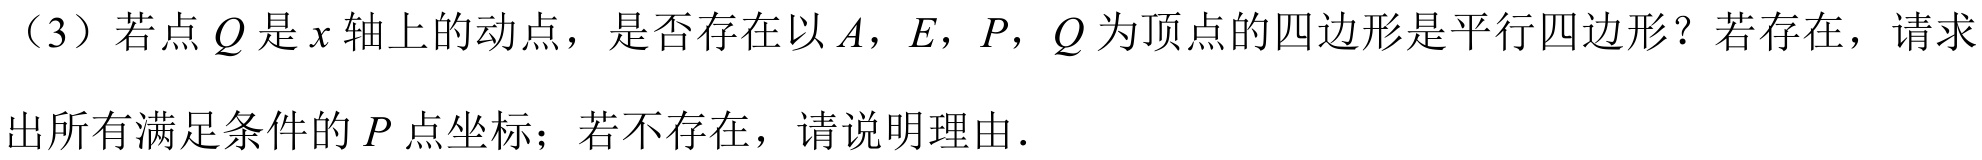
（3）若点\(Q\)是\(x\)轴上的动点，是否存在以\(A\)，\(E\)，\(P\)，\(Q\)为顶点的四边形是平行四边形？若存在，请求出所有满足条件的\(P\)点坐标；若不存在，请说明理由.